Indian journal of veterinary science and animal husbandry - Volume 10,
Year: 1940
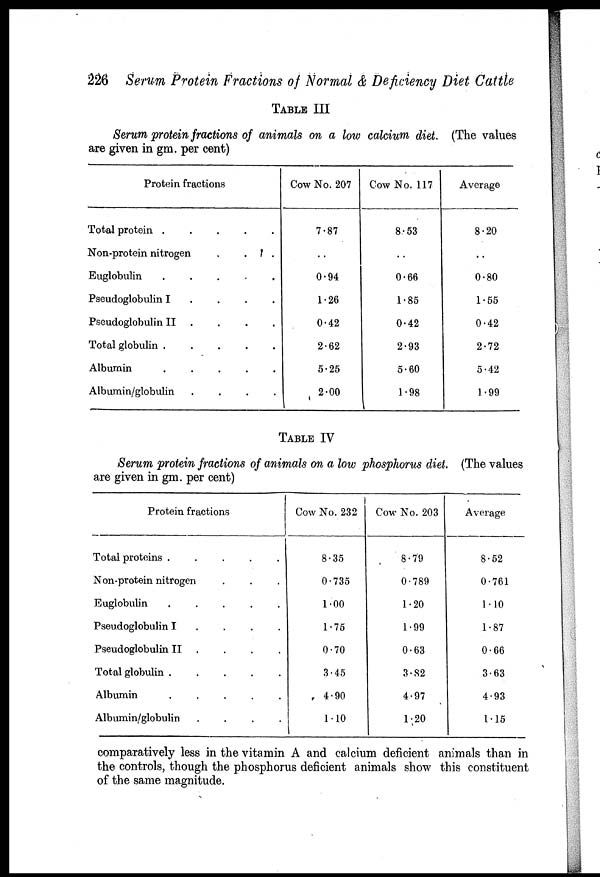
226 Serum Protein Fractions of Normal & Deficiency Diet Cattle
TABLE III
Serum protein fractions of animals on a low calcium diet. (The values
are given in gm. per cent)
Protein fractions
Total protein
.
.
.
.
.
Non-protein nitrogen . . .
Euglobulin
. . . . .
Pseudoglobulin I . . . .
Pseudoglobulin II
.
.
.
.
Total globulin
.
.
.
.
.
Albumin
.
.
.
.
.
Albumin/globulin
.
.
.
.
Cow No. 207
7.87
. .
0.94
1.26
0.42
2.62
5.25
2.00
Cow No. 117
8.53
. .
0.66
1.85
0.42
2.93
5.60
1.98
Average
8.20
. .
0.80
1.55
0.42
2.72
5.42
1.99
TABLE IV
Serum protein fractions of animals on a low phosphorus diet. (The values
are given in gm. per cent)
Protein fractions
Total proteins .
.
.
.
.
Non-protein nitrogen . . .
Euglobulin
.
.
.
.
.
Pseudoglobulin I
. . . .
Pseudoglobulin II . . . .
Total globulin .
.
.
.
.
Albumin
.
.
.
.
.
Albumin/globulin
.
.
.
.
Cow No. 232
8.35
0.735
1.00
1.75
0.70
3.45
4.90
1.10
Cow No. 203
8.79
0.789
1.20
1.99
0.63
3.82
4.97
1.20
Average
8.52
0.761
1.10
1.87
0.66
3.63
4.93
1.15
comparatively less in the vitamin A and calcium deficient animals than in
the controls, though the phosphorus deficient animals show this constituent
of the same magnitude.